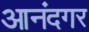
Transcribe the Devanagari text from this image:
आनंदगर